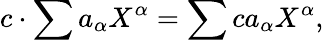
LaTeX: c\cdot\sum a_{\alpha}X^{\alpha}=\sum ca_{\alpha}X^{\alpha},